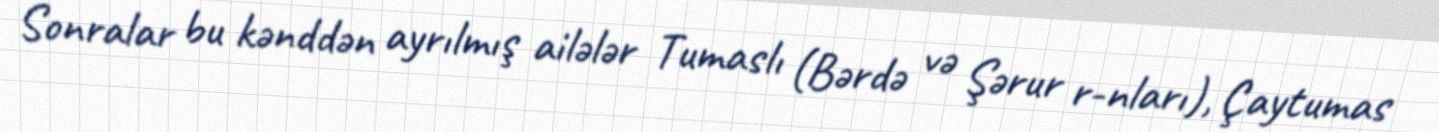
Sonralar bu kənddən ayrılmış ailələr Tumaslı (Bərdə və Şərur r-nları), Çaytumas